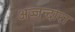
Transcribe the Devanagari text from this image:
अज़्ज़न्दारा